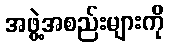
အဖွဲ့အစည်းများကို